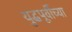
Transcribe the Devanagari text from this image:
युद्धपूर्वीच्या